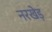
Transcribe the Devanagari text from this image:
नरखेड़